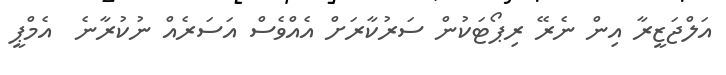
އަލްޖަޒީރާ އިން ނެރޭ ރިޕޯޓަކުން ސަރުކާރަށް އެއްވެސް އަސަރެއް ނުކުރާނެ  އެމްޕީ